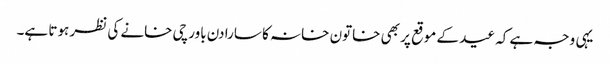
یہی وجہ ہے کہ عید کے موقع پر بھی خاتون خانہ کا سارا دن باورچی خانے کی نظر ہوتا ہے۔